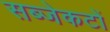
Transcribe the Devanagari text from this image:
सब्जेकटों